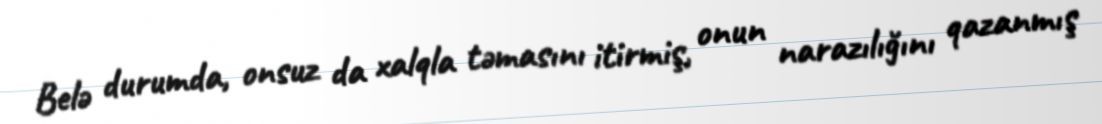
Belə durumda, onsuz da xalqla təmasını itirmiş, onun narazılığını qazanmış